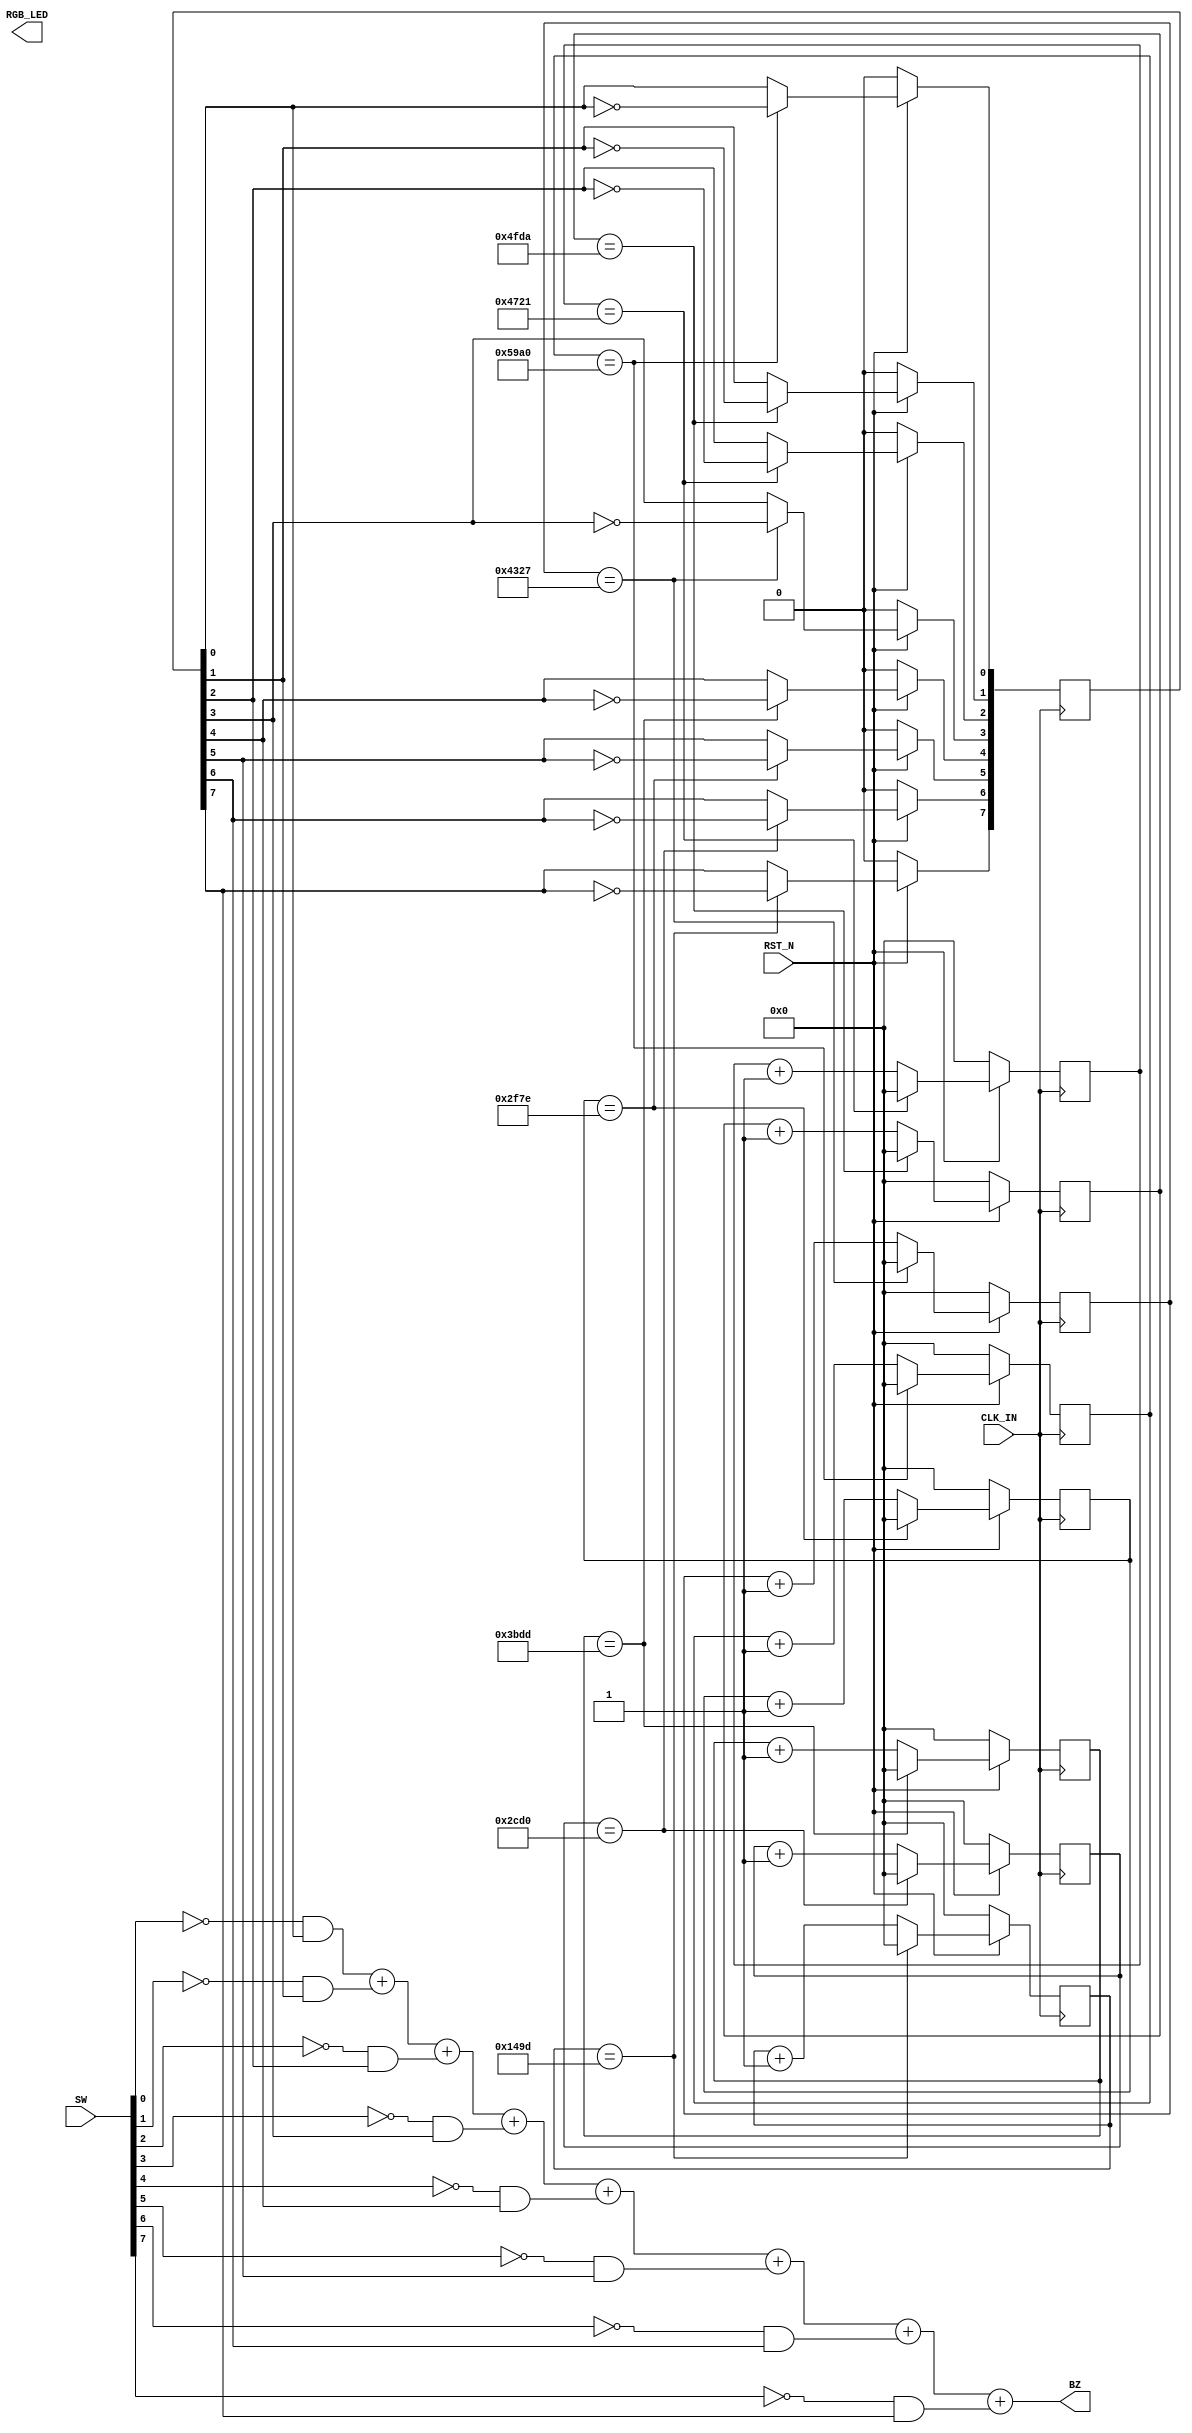
module top(
input wire CLK_IN,
input wire RST_N,
output wire [2:0] RGB_LED,
output wire BZ,
input wire [7:0] SW
);

reg [23:0] counter [7:0];
reg [7:0] wave;

always @(posedge CLK_IN) begin
	if(RST_N==1'b0) begin
		counter[0] <= 24'd0;
		counter[1] <= 24'd0;
		counter[2] <= 24'd0;
		counter[3] <= 24'd0;
		counter[4] <= 24'd0;
		counter[5] <= 24'd0;
		counter[6] <= 24'd0;
		counter[7] <= 24'd0;
		wave <= 8'd0;
	end else begin
		if(counter[0]==12000000/523) begin
			wave[0] <= ~wave[0];
			counter[0] <= 0;
		end else begin
			counter[0] <= counter[0]+24'd1;
		end
		
		if(counter[1]==12000000/587) begin
			wave[1] <= ~wave[1];
			counter[1] <= 0;
		end else begin
			counter[1] <= counter[1]+24'd1;
		end
		
		if(counter[2]==12000000/659) begin
			wave[2] <= ~wave[2];
			counter[2] <= 0;
		end else begin
			counter[2] <= counter[2]+24'd1;
		end
		
		if(counter[3]==12000000/698) begin
			wave[3] <= ~wave[3];
			counter[3] <= 0;
		end else begin
			counter[3] <= counter[3]+24'd1;
		end
		
		if(counter[4]==12000000/783) begin
			wave[4] <= ~wave[4];
			counter[4] <= 0;
		end else begin
			counter[4] <= counter[4]+24'd1;
		end
		
		if(counter[5]==12000000/987) begin
			wave[5] <= ~wave[5];
			counter[5] <= 0;
		end else begin
			counter[5] <= counter[5]+24'd1;
		end
		
		if(counter[6]==12000000/1046) begin
			wave[6] <= ~wave[6];
			counter[6] <= 0;
		end else begin
			counter[6] <= counter[6]+24'd1;
		end
		
		if(counter[7]==12000000/2274) begin
			wave[7] <= ~wave[7];
			counter[7] <= 0;
		end else begin
			counter[7] <= counter[7]+24'd1;
		end
	end
end
assign BZ = (!SW[0]&&wave[0])+
			(!SW[1]&&wave[1])+
			(!SW[2]&&wave[2])+
			(!SW[3]&&wave[3])+
			(!SW[4]&&wave[4])+
			(!SW[5]&&wave[5])+
			(!SW[6]&&wave[6])+
			(!SW[7]&&wave[7]);
endmodule